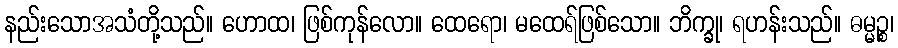
နည်းသောအသံတို့သည်။ ဟောထ၊ ဖြစ်ကုန်လော။ ထေရော၊ မထေရ်ဖြစ်သော။ ဘိက္ခု၊ ရဟန်းသည်။ ဓမ္မဉ္စ၊